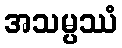
အသမ္ပဿံ